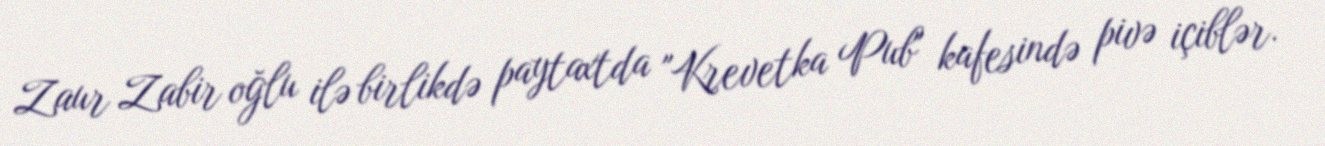
Zaur Zabir oğlu ilə birlikdə paytaxtda "Krevetka Pub" kafesində pivə içiblər.